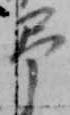
弔